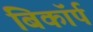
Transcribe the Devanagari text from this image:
बिकॉर्प